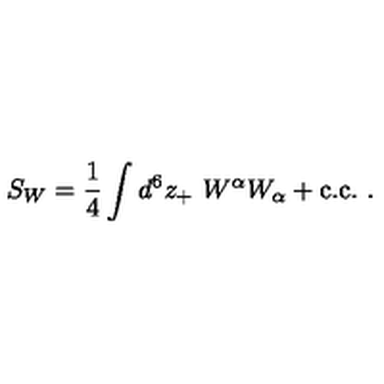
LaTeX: S _ { W } = \frac { 1 } { 4 } \int d ^ { 6 } z _ { + } \ W ^ { \alpha } W _ { \alpha } + \mathrm { c . c . } \ .